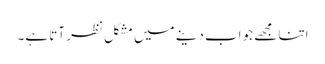
اتنا مجھے جواب دینے میں مشکل نظر آتا ہے۔